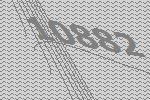
10882